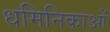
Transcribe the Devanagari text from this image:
धमिनिकाओं